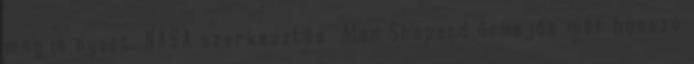
meg is nyert. NASA szerkesztés Alan Shepard űrhajós már hosszú